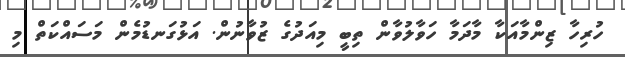
ހުރިހާ ޒިންމާއަކާ މާދަމާ ހަވާލުވާން ތިބީ މިއަދުގެ ޒުވާނުން. އަޅުގަނޑުމެން މަސައްކަތް މި